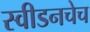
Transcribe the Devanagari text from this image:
स्वीडनचेच